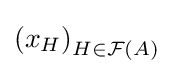
\left(x_{H}\right)_{H\in {\mathcal {F}}(A)}